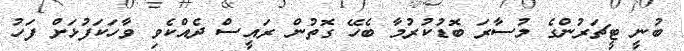
ބުނީ ޓީޗަރުންގެ މުސާރަ ބޮޑުކުރުމާ ބެހޭ ގޮތުން ރައީސް ދެއްކެވި ވާހަކަފުޅަށް ފަހު